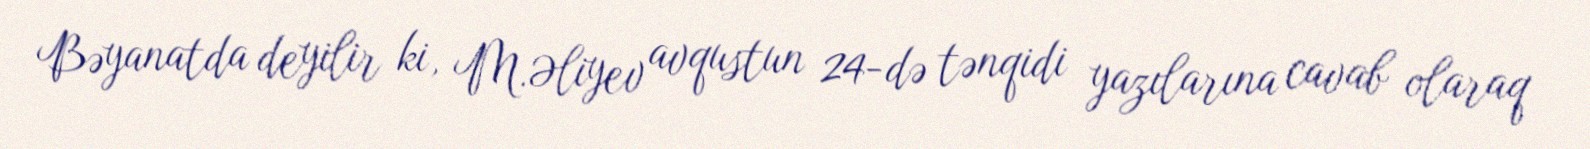
Bəyanatda deyilir ki, M.Əliyev avqustun 24-də tənqidi yazılarına cavab olaraq